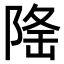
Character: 𨺚